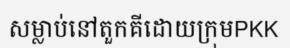
សម្លាប់នៅតួកគីដោយក្រុមPKK